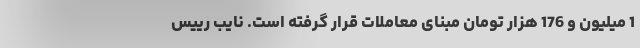
1 میلیون و 176 هزار تومان مبنای معاملات قرار گرفته است. نایب رییس